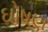
ઘોષણ